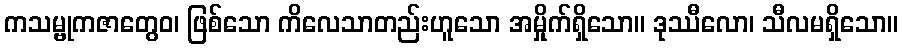
ကသမ္ဗုကဇာတွေဝ၊ ဖြစ်သော ကိလေသာတည်းဟူသော အမှိုက်ရှိသော။ ဒုဿီလော၊ သီလမရှိသော။